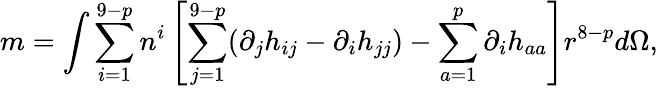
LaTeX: m=\int\sum_{i=1}^{9-p}n^{i}\left[\sum_{j=1}^{9-p}(\partial_{j}h_{ij}-\partial_{i}h_{jj})-\sum_{a=1}^{p}\partial_{i}h_{aa}\right]r^{8-p}d\Omega,